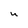
Character: u